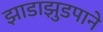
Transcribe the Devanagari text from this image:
झाडाझुडपाने